Vaccination United Provinces of Agra and Oudh 1914-1922 - 1914-1922
Year: 1914
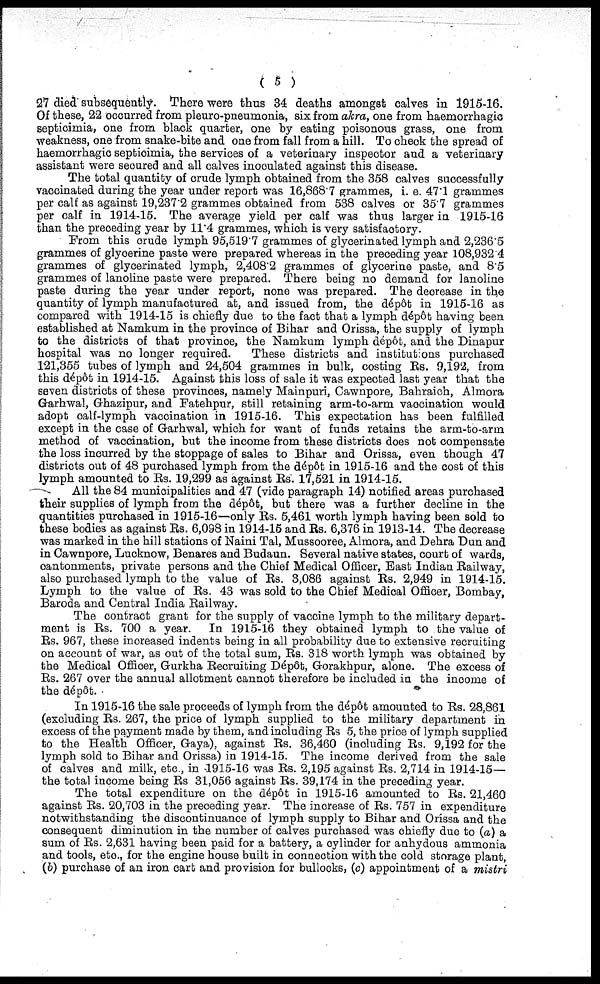
( 5 )
27 died subsequently. There were thus 34 deaths amongst calves in 1915-16.
Of these, 22 occurred from pleuro-pneumonia, six from akra, one from haemorrhagic
septicimia, one from black quarter, one by eating poisonous grass, one from
weakness, one from snake-bite and one from fall from a hill. To check the spread of
haemorrhagic septicimia, the services of a veterinary inspector and a veterinary
assistant were secured and all calves inoculated against this disease.
The total quantity of crude lymph obtained from the 358 calves successfully
vaccinated during the year under report was 16,868.7 grammes, i. e. 47.1 grammes
per calf as against 19,237.2 grammes obtained from 538 calves or 35.7 grammes
per calf in 1914-15. The average yield per calf was thus larger in 1915-16
than the preceding year by 11.4 grammes, which is very satisfactory.
From this crude lymph 95,519.7 grammes of glycerinated lymph and 2,236'5
grammes of glycerine paste were prepared whereas in the preceding year 108,932.4
grammes of glycerinated lymph, 2,408.2 grammes of glycerine paste, and 8.5
grammes of lanoline paste were prepared. There being no demand for lanoline
paste during the year under report, none was prepared. The decrease in the
quantity of lymph manufactured at, and issued from, the dépôt in 1915-16 as
compared with 1914-15 is chiefly due to the fact that a lymph dépôt having been
established at Namkum in the province of Bihar and Orissa, the supply of lymph
to the districts of that province, the Namkum lymph dépôt, and the Dinapur
hospital was no longer required.
These districts and institutions purchased
121,355 tubes of lymph and 24,504 grammes in bulk, costing Rs. 9,192, from
this dépôt in 1914-15. Against this loss of sale it was expected last year that the
seven districts of these provinces, namely Mainpuri, Cawnpore, Bahraich, Almora
Garhwal, Ghazipur, and Fatehpur, still retaining arm-to-arm vaccination would
adopt calf-lymph vaccination in 1915-16. This expectation has been fulfilled
except in the case of Garhwal, which for want of funds retains the arm-to-arm
method of vaccination, but the income from these districts does not compensate
the loss incurred by the stoppage of sales to Bihar and Orissa, even though 47
districts out of 48 purchased lymph from the dépôt in 1915-16 and the cost of this
lymph amounted to Rs. 19,299 as against Rs. 17,521 in 1914-15.
All the 84 municipalities and 47 (vide paragraph 14) notified areas purchased
their supplies of lymph from the dépôt, but there was a further decline in the
quantities purchased in 1915-16—only Rs. 5,461 worth lymph having been sold to
these bodies as against Rs. 6,098 in 1914-15 and Rs. 6,376 in 1913-14. The decrease
was marked in the hill stations of Naini Tal, Mussooree, Almora, and Dehra Dun and
in Cawnpore, Lucknow, Benares and Budaun. Several native states, court of wards,
cantonments, private persons and the Chief Medical Officer, East Indian Railway,
also purchased lymph to the value of Rs. 3,086 against Rs. 2,949 in 1914-15.
Lymph to the value of Rs. 43 was sold to the Chief Medical Officer, Bombay,
Baroda and Central India Railway.
The contract grant for the supply of vaccine lymph to the military depart-
ment is Rs. 700 a year. In 1915-16 they obtained lymph to the value of
Rs. 967, these increased indents being in all probability due to extensive recruiting
on account of war, as out of the total sum, Rs. 318 worth lymph was obtained by
the Medical Officer, Gurkha Recruiting Dépôt, Gorakhpur, alone. The excess of
Rs. 267 over the annual allotment cannot therefore be included in the income of
the dépôt.
In 1915-16 the sale proceeds of lymph from the dépôt amounted to Rs. 28,861
(excluding Rs. 267, the price of lymph supplied to the military department in
excess of the payment made by them, and including Rs 5, the price of lymph supplied
to the Health Officer, Gaya), against Rs. 36,460 (including Rs. 9,192 for the
lymph sold to Bihar and Orissa) in 1914-15. The income derived from the sale
of calves and milk, etc., in 1915-16 was Rs. 2,195 against Rs. 2,714 in 1914-15—
the total income being Rs 31,056 against Rs. 39,174 in the preceding year.
The total expenditure on the dépôt in 1915-16 amounted to Rs. 21,460
against Rs. 20,703 in the preceding year. The increase of Rs. 757 in expenditure
notwithstanding the discontinuance of lymph supply to Bihar and Oríssa and the
consequent diminution in the number of calves purchased was chiefly due to (a) a
sum of Rs. 2,631 having been paid for a battery, a cylinder for anhydous ammonia
and tools, etc., for the engine house built in connection with the cold storage plant,
(6) purchase of an iron cart and provision for bullocks, (c) appointment of a mistri